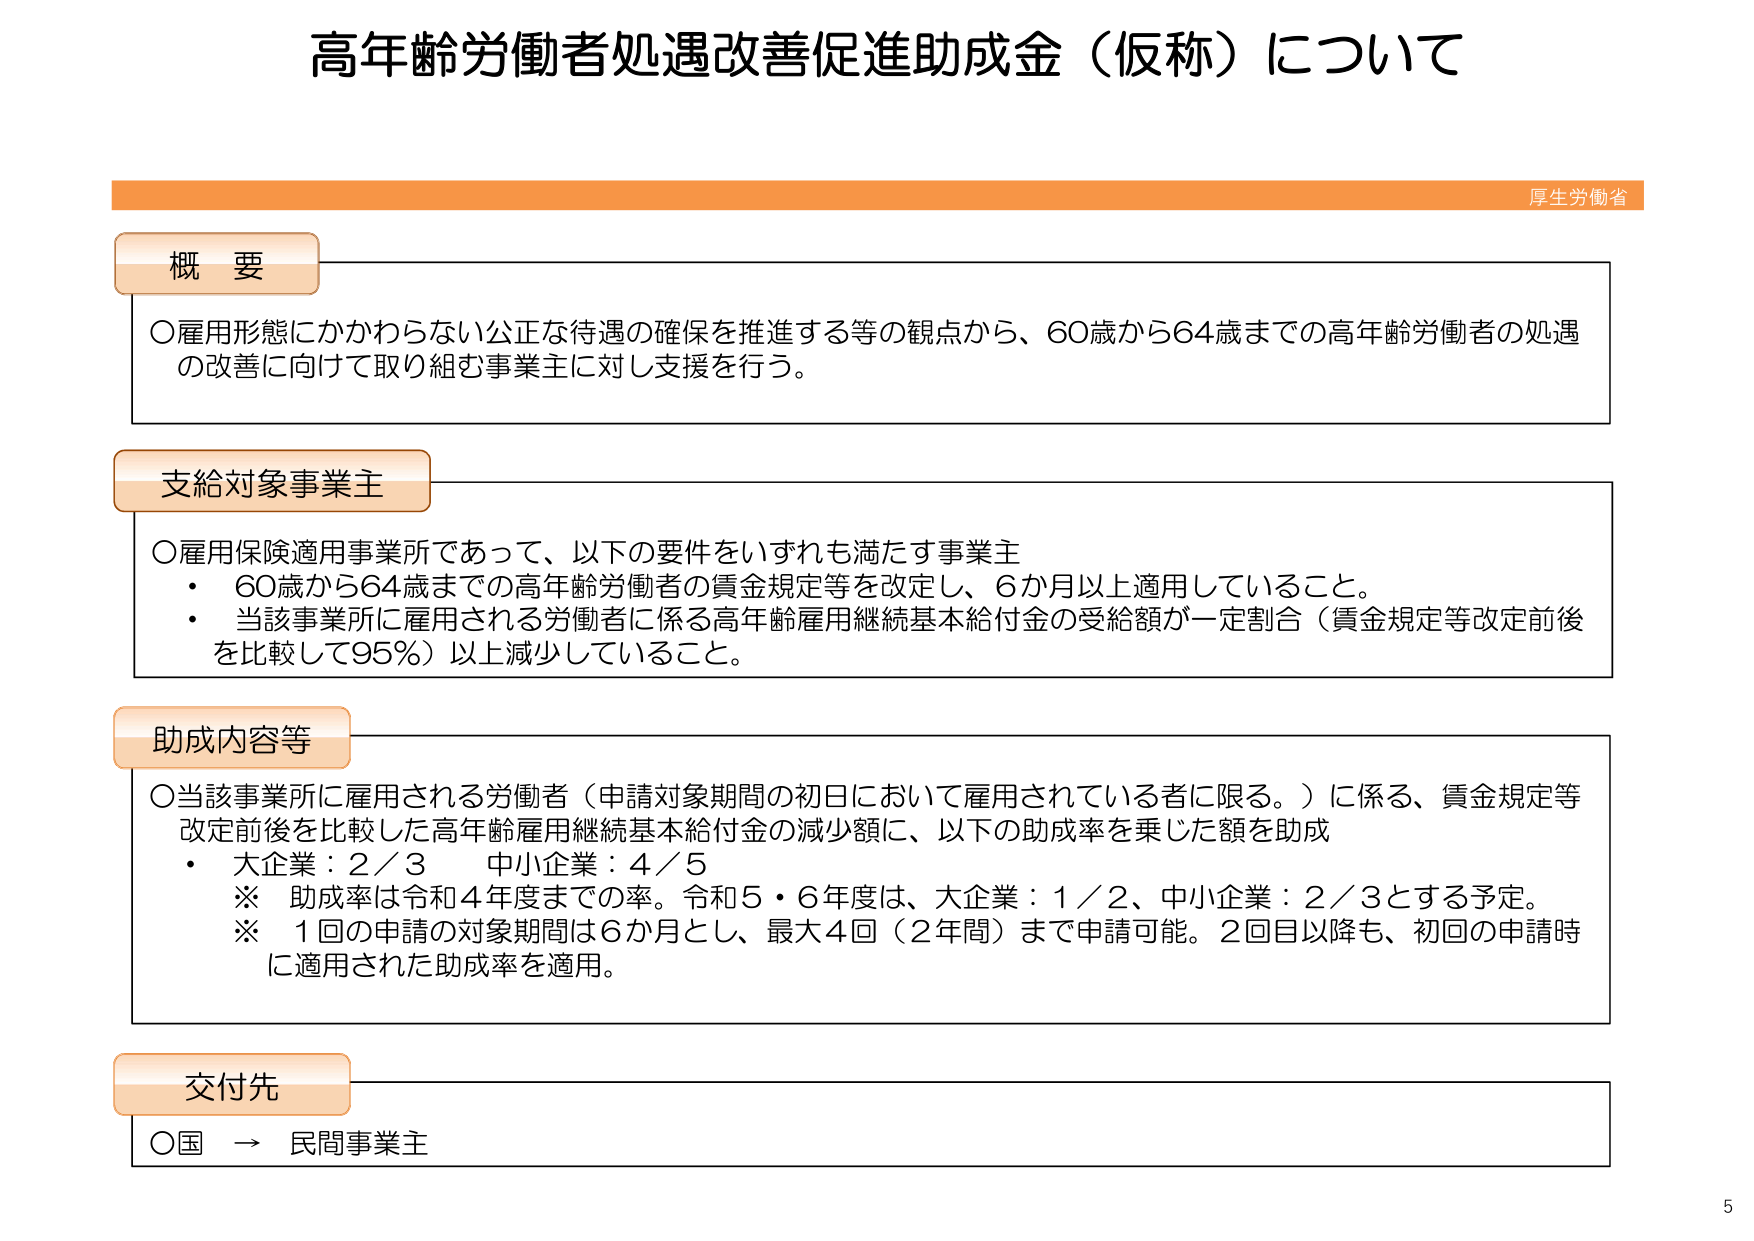
高年齢労働者処遇改善促進助成金（仮称）について

厚生労働省

概要
○雇用形態にかかわらない公正な待遇の確保を推進する等の観点から、60歳から64歳までの高年齢労働者の処遇の改善に向けて取り組む事業主に対し支援を行う。

支給対象事業主
○雇用保険適用事業所であって、以下の要件をいずれも満たす事業主
・60歳から64歳までの高年齢労働者の賃金規定等を改定し、6か月以上適用していること。
・当該事業所に雇用される労働者に係る高年齢雇用継続基本給付金の受給額が一定割合（賃金規定等改定前後を比較して95％）以上減少していること。

助成内容等
○当該事業所に雇用される労働者（申請対象期間の初日において雇用されている者に限る。）に係る、賃金規定等改定前後を比較した高年齢雇用継続基本給付金の減少額に、以下の助成率を乗じた額を助成
・大企業：2／3　中小企業：4／5
※助成率は令和4年度までの率。令和5・6年度は、大企業：1／2、中小企業：2／3とする予定。
※1回の申請の対象期間は6か月とし、最大4回（2年間）まで申請可能。2回目以降も、初回の申請時に適用された助成率を適用。

交付先
○国 → 民間事業主

5